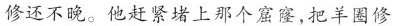
修还不晚。他赶紧堵上那个窟窿，把羊圈修